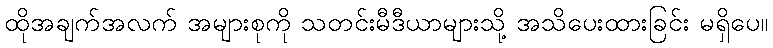
ထိုအချက်အလက် အများစုကို သတင်းမီဒီယာများသို့ အသိပေးထားခြင်း မရှိပေ။